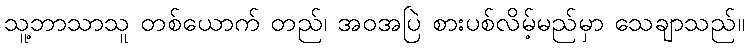
သူ့ဘာသာသူ တစ်ယောက် တည်၊ အဝအပြဲ စားပစ်လိမ့်မည်မှာ သေချာသည်။